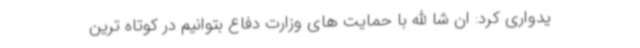
یدواری کرد: ان شا الله با حمایت های وزارت دفاع بتوانیم در کوتاه ترین